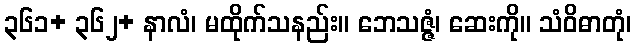
၃၆၁+ ၃၆၂+ နာလံ၊ မထိုက်သနည်း။ ဘေသဇ္ဇံ၊ ဆေးကို။ သံဝိဓာတုံ၊